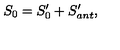
S _ { 0 } = S _ { 0 } ^ { \prime } + S _ { a n t } ^ { \prime } ,